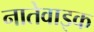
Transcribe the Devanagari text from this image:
नातेवाइक